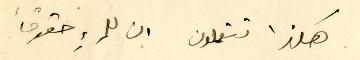
هكذا تتعلمون ان للمرءِ حقوقاً